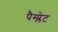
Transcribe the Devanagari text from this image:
पैम्प्लेट